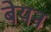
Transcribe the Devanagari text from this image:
बेयन